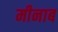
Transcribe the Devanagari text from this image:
मीनाब